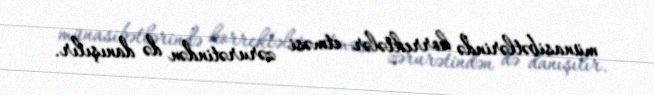
münasibətlərində korrektələr etməsi zərurətindən də danışılır.